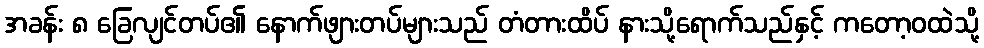
အခန်း ၈ ခြေလျင်တပ်၏ နောက်ဖျားတပ်များသည် တံတားထိပ် နားသို့ရောက်သည်နှင့် ကတော့ဝထဲသို့